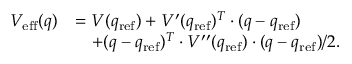
\begin{array} { r l } { V _ { \mathrm { e f f } } ( q ) } & { = V ( q _ { \mathrm { r e f } } ) + V ^ { \prime } ( q _ { \mathrm { r e f } } ) ^ { T } \cdot ( q - q _ { \mathrm { r e f } } ) } \\ & { ~ ~ ~ + ( q - q _ { \mathrm { r e f } } ) ^ { T } \cdot V ^ { \prime \prime } ( q _ { \mathrm { r e f } } ) \cdot ( q - q _ { \mathrm { r e f } } ) / 2 . } \end{array}